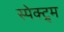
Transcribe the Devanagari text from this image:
स्पेक्ट्र्म